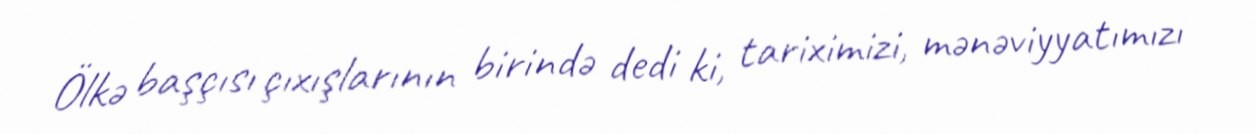
Ölkə başçısı çıxışlarının birində dedi ki, tariximizi, mənəviyyatımızı